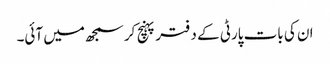
ان کی بات پارٹی کے دفتر پہنچ کر سمجھ میں آئی۔